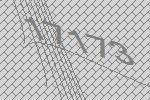
17173